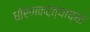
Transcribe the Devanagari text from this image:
धोरणकर्त्याच्या